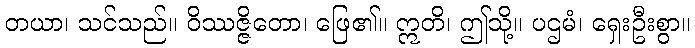
တယာ၊ သင်သည်။ ဝိဿဇ္ဇိတော၊ ဖြေ၏။ ဣတိ၊ ဤသို့။ ပဌမံ၊ ရှေးဦးစွာ။